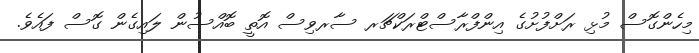
މިހެންގޮސް މުޅި ރަށްފުށުގެ އިންފްރާސްޓްރަކްޗަރ ސާރވިސް އޮތީ ބޮއްސުން ލައިގެން ގޮސް ފައެވެ.